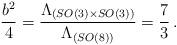
LaTeX: \begin{align*}\frac{b^2}{4} = \frac{\Lambda_{(SO(3)\times SO(3))}}{\Lambda_{(SO(8))}} = \frac{7}{3} \,.\end{align*}